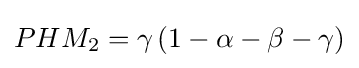
PHM_{2}=\gamma \left(1-\alpha -\beta -\gamma \right)